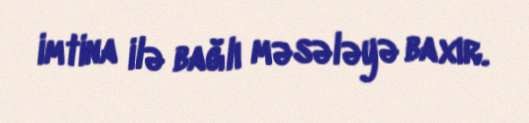
imtina ilə bağlı məsələyə baxır.